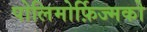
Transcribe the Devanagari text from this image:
पोलिमोर्फ़िज्मको